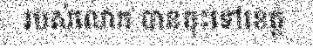
របស់លោក បានចុះទៅខេត្ត